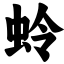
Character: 蛉